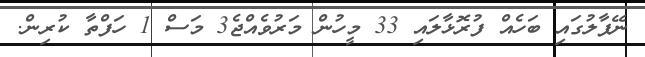
ނޭޕާލުގައި ބަހެއް ފުރޮޅާލައި 33 މީހުން މަރުވެއްޖެ3 މަސް 1 ހަފްތާ ކުރިން.